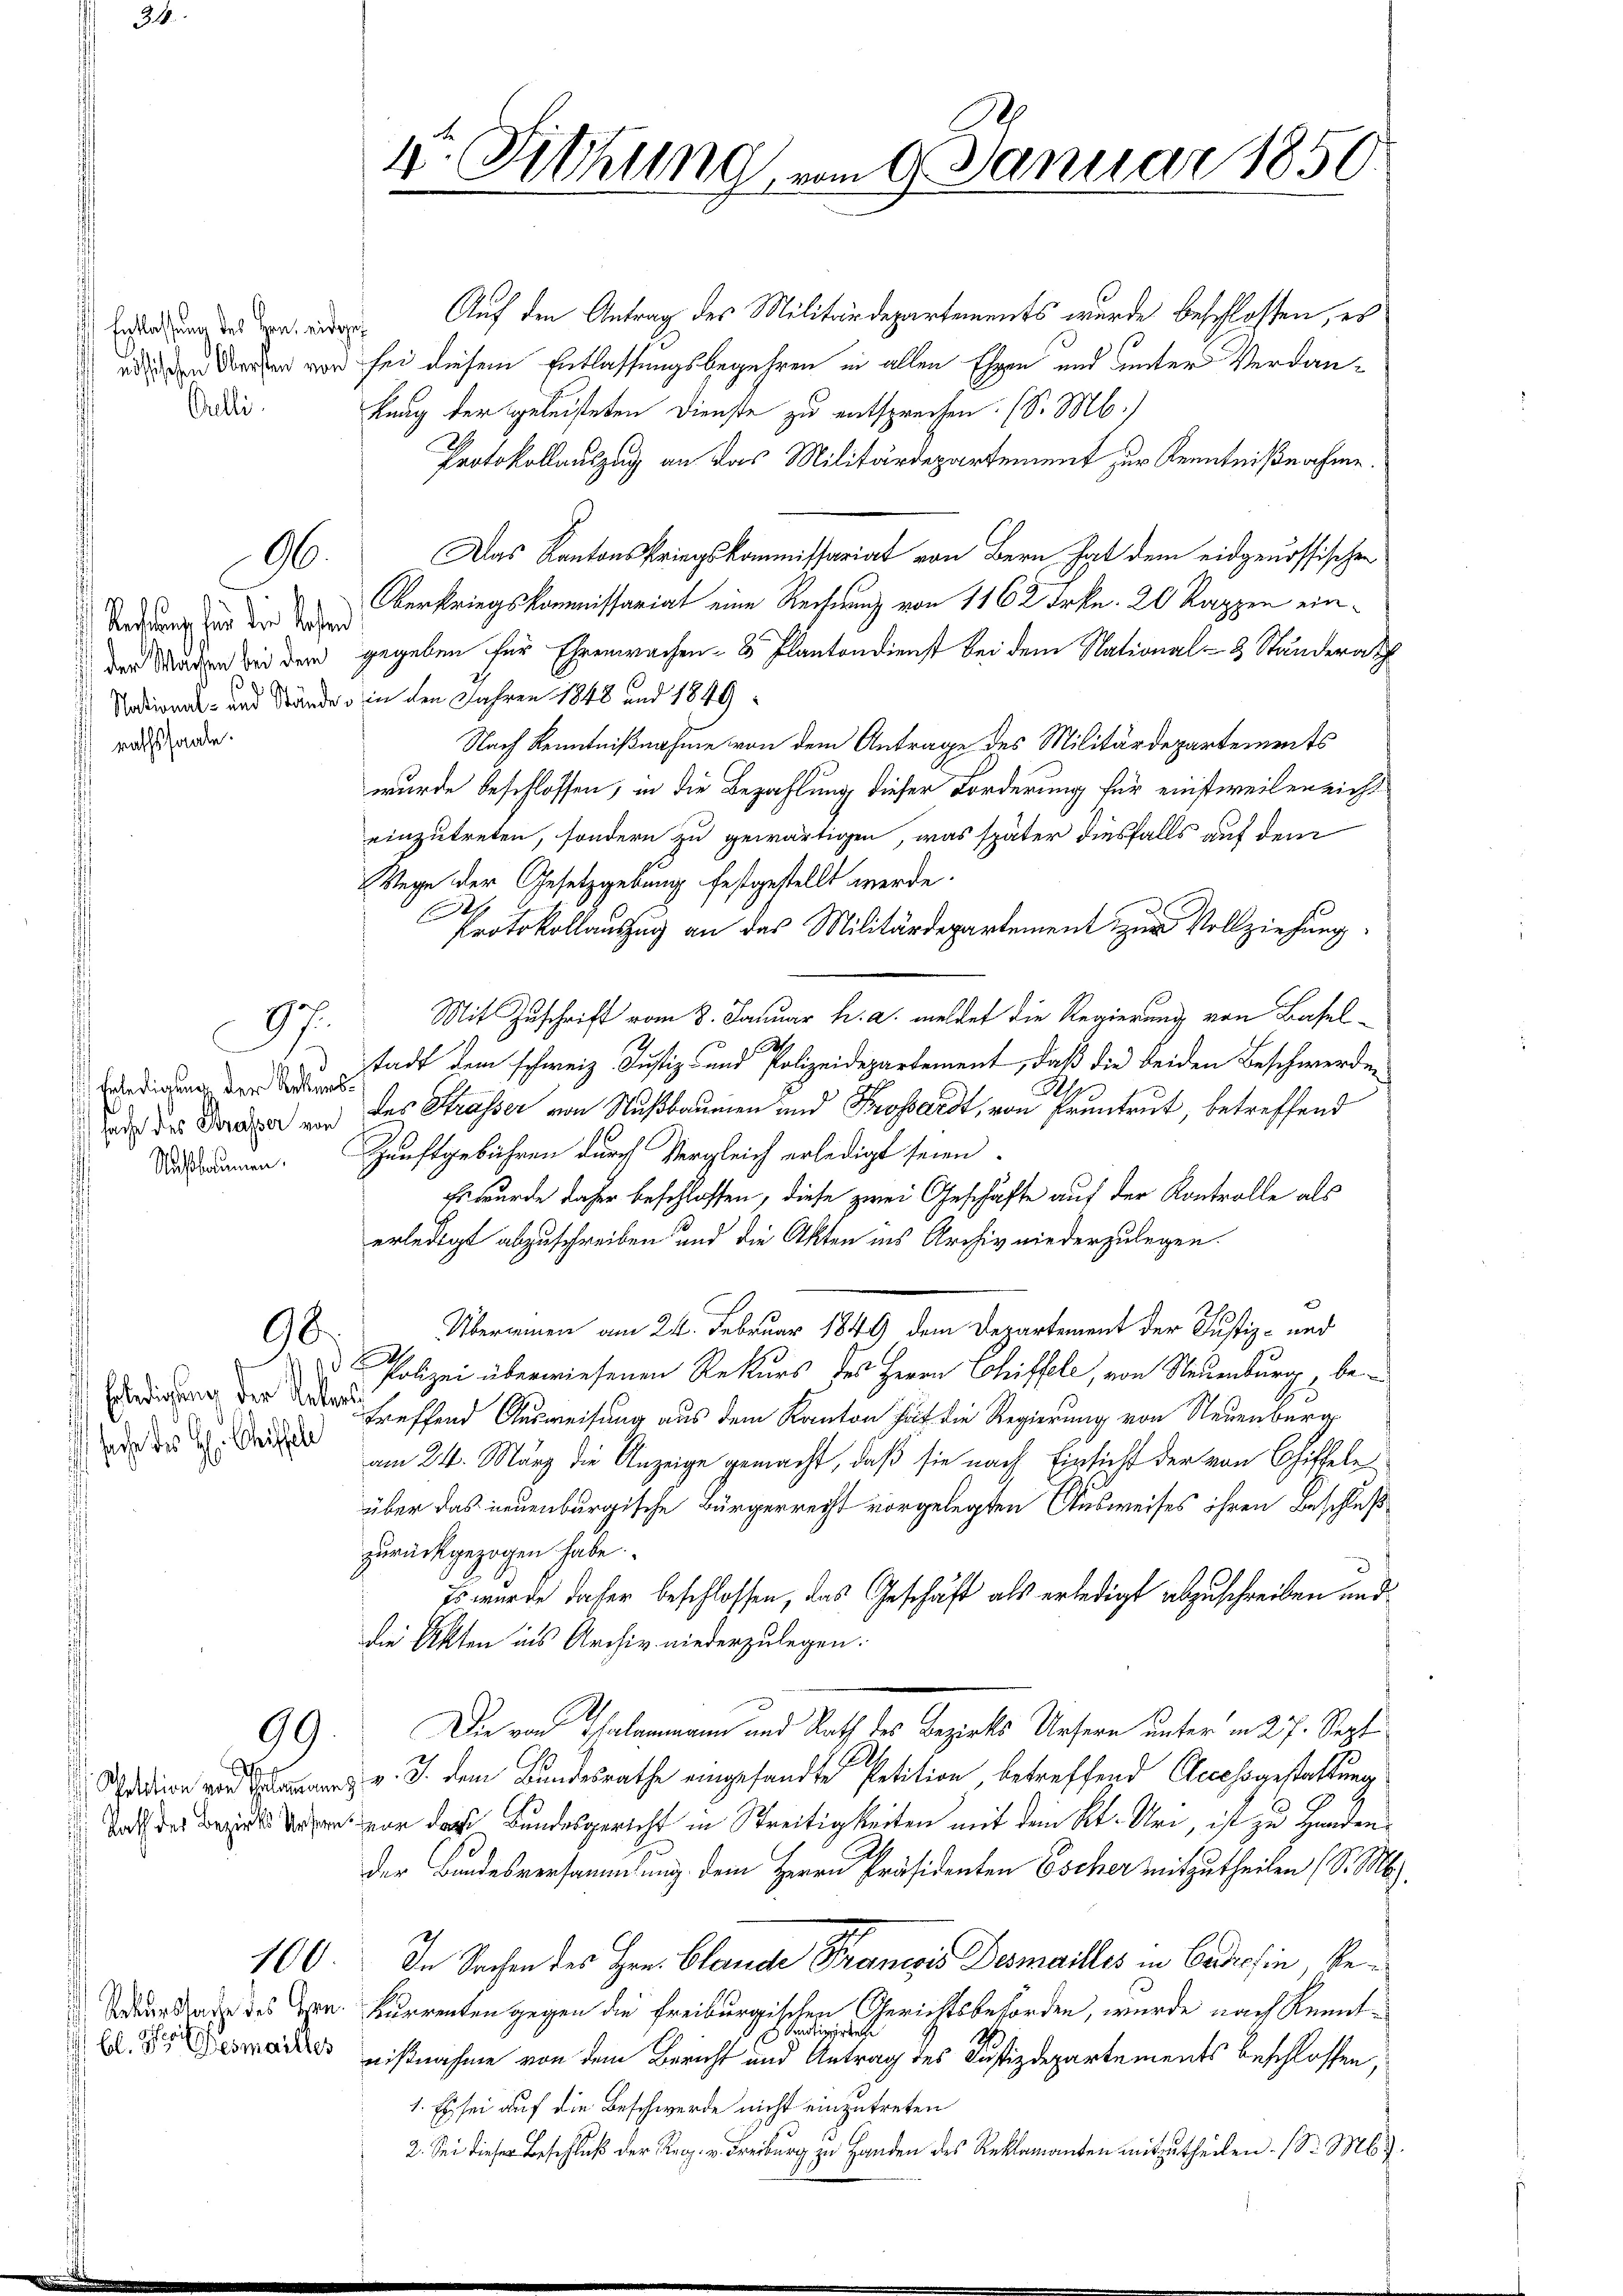
Entlassung des Hrn. eidgen
ösischen Obersten von
Orelli

Rechtsang für der Kosten
i der Machen bei dem
National- und Stände

athssaale.

Erledigung der Rekurs
 sache des Brasser von
 Nußbaumen.

96.

E.
87.

98.
d

Erledigung der Ueber
sache des H. Christle

99

A
Petition von Thalamann
Rath der Bezirks Ursern

100

Rekurstade des Gen
bl. St. Germailles

1r Sitzung vom 9. Januar 1850.

Auf den Antrag des Militärdepartements wurde beschlossen, es
sei diesem Entlassungsbegehren in allen Ehren und unter Verdan¬
Lang der geleisteten Dienste zu entsprechen. (S. M.)
Protokollauszug an das Militärdepartement zur Kenntnißnahme.
Das Kantonskriegskommissariat von Bern hat dem eidgenössischen
Oberkriegskommissariat eine Rechnung von 1162 Frkn. 20 Rappen eingegeben für Ehrenwachen- & Plantondienst bei dem National- & Ständerat
in den Jahren 1848 und 1849
Nach Kenntnißnahme von dem Antrage des Militärdepartements
wurde beschlossen, in die Bezahlung dieser Forderung für einstweilereicht
einzutreten, sondern zu gewärtigen, was später diesfalls auf dem
Wege der Gesetzgebung festgestellt werde

Protokollauszug an das Militärdepartement zur Vollziehung
Mit Zuschrift vom 8. Januar h. a. meldet die Regierung von Basel¬
E
stadt dem schweiz. Justiz- und Polizeidepartement, daß die beiden Beschwerden
des Strasser von Nußbaumen und Frossardt, von Pruntrut, betreffend
Zunftgebühren durch Vergleich erledigt seien.
Es wurde daher beschlossen, diese zwei Geschäfte auf der Kontrolle als
erledigt abzuschreiben und die Akten ins Archiv niederzulegen.
Überminen am 24. Februar 1849 dem Departement der Justiz- und
Polizei überwiesenen Rekurs des Herrn Chiffele, von Neuenburg, betreffend Ausweisung aus dem Kanton hat die Regierung von Neuenburg
am 24. März die Anzeige gemacht, daß sie nach Einsicht der von Chiffeln
über das neuenburgische Bürgerrecht vorgelegten Ausweises ihren Beschluß
zurückgezogen habe.
Es wurde daher beschlossen, das Geschäft als erledigt abzuschreiben und
die Akten ins Archiv niederzulegen.
Die von Thalammann und Rath des Bezirks Ursern unter in 27. Sept
v. J. dem Bundesrathe eingesandte Petition betreffend Clecchsgestattung
vor das Bundesgericht in Streitigkeiten mit dem Kt. Uri, ist zu Handen
Der Bundesversammlung dem Herrn Präsidenten Escher mitzutheilen (S. M.
In Sachen des Hrn. Blande Braneris Bemailles in Codessin, bekurrenten gegen die freiburgischen Gerichtsbehörden, wurde nach Kenntdigirte
nißnahme von dem Bericht und Antrag des Justizdepartements beschlossen,
1. Es sei auf die Beschwerde nicht einzutreten
2. Sei dieser Beschluß der Reg. v. Freiburg zu Handen des Reklamanten mitzutheilen. (S. M. D.